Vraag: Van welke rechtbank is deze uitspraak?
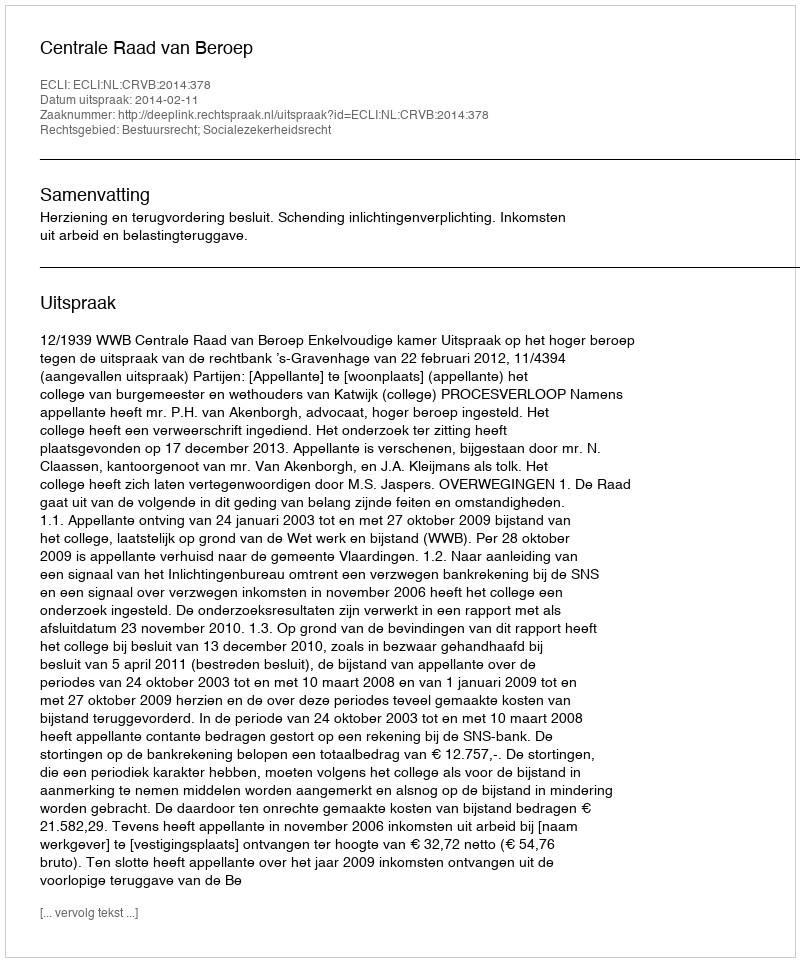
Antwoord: Centrale Raad van Beroep